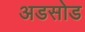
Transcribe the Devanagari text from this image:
अडसोड